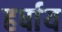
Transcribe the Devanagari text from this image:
हर्षाय